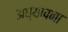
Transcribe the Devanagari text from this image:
अध्यापना